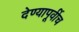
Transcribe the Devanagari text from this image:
देण्यापूर्वीच